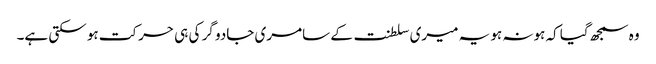
وہ سمجھ گیا کہ ہونہ ہو یہ میری سلطنت کے سامری جادو گر کی ہی حرکت ہو سکتی ہے۔